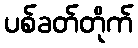
ပစ်ခတ်တိုက်